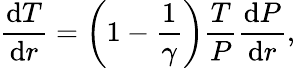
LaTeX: {\frac{{\mathrm{d}}T}{{\mathrm{d}}r}}=\left(1-{\frac{1}{\gamma}}\right){\frac{T}{P}}{\frac{{\mathrm{d}}P}{{\mathrm{d}}r}},